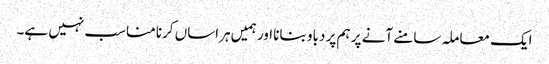
ایک معاملہ سامنے آنے پر ہم پر دباو بنانا اور ہمیں ہراساں کرنا مناسب نہیں ہے۔